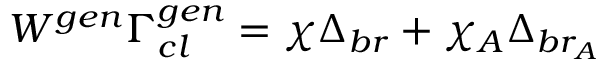
W ^ { g e n } \Gamma _ { c l } ^ { g e n } = \chi \Delta _ { b r } + \chi _ { A } \Delta _ { b r _ { A } }